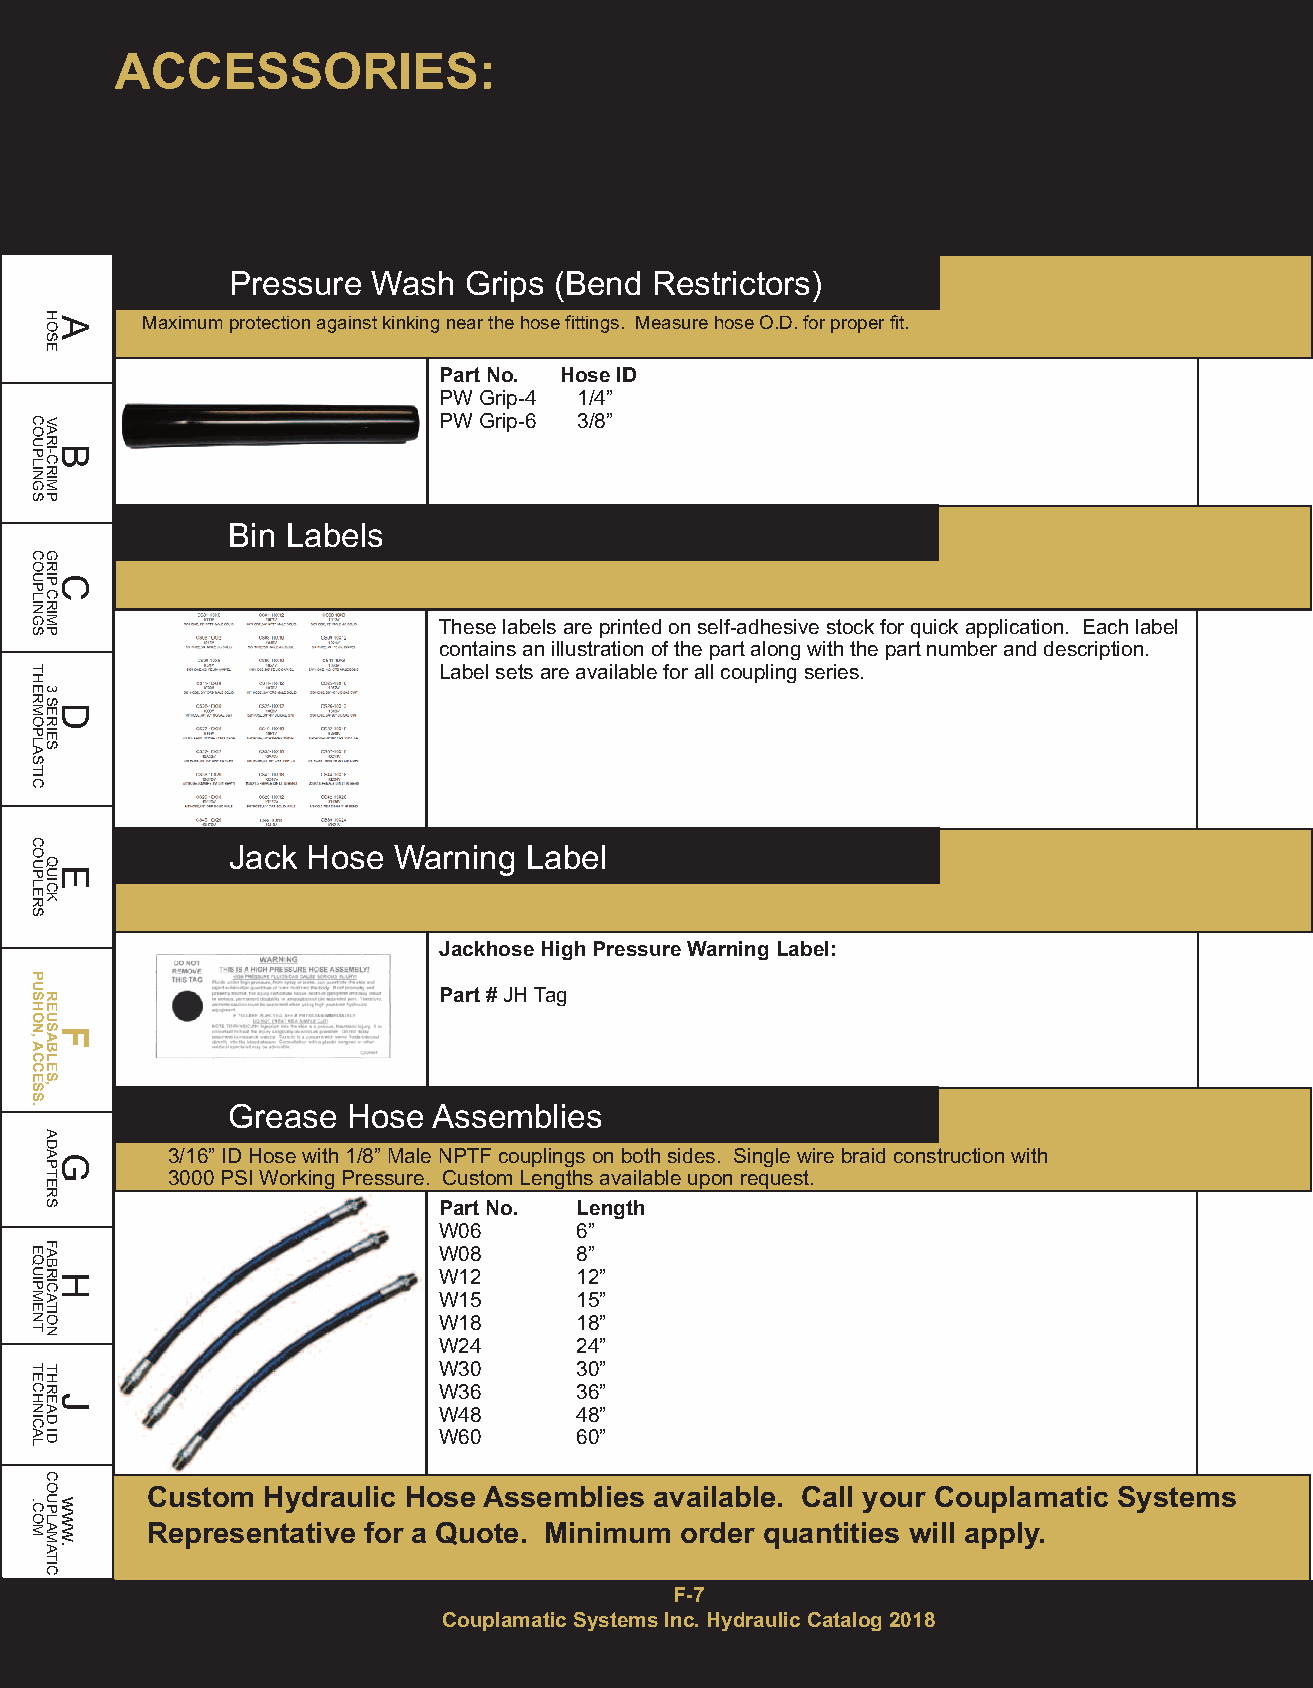
ACCESSORIES:
 Pressure  Wash  Grips (Bend Restrictors)
 Maximum protection against kinking near the hose fittings. Measure hose O.D. for proper fit.
 Part No. Hose ID
 PW Grip-4 1/4”
 PW Grip-6 3/8”
 Bin Labels
 These labels are printed on self-adhesive stock for quick application. Each label
 contains an illustration of the part along with the part number and description.
 Label sets are available for all coupling series.
 Jack Hose  Warning  Label
 Jackhose High Pressure Warning Label:
 Part #JH Tag
 Grease  Hose  Assemblies
 3/16” ID Hose with 1/8” Male NPTF couplings on both sides. Single wire braid construction with
 3000 PSI Working Pressure. Custom Lengths available upon request.
 Part No. Length
 W06      6”
 W08      8”
 W12      12”
 W15      15”
 W18      18”
 W24      24”
 W30      30”
 W36      36”
 W48      48”
 W60      60”
 Custom Hydraulic Hose Assemblies available. Call your Couplamatic Systems
 Representative for a Quote. Minimum order quantities will apply.
 F-7
 Couplamatic Systems Inc. Hydraulic Catalog 2018
 COUPLINGS
 COUPLINGS
 THERMOPLASTIC
 COUPLERS
 PUSHON,ACCESS.
 EQUIPMENT
 TECHNICAL
 .COM
 HAOSE
 VARBI-CRIMP
 GRICP
 CRIMP
 3
 SDERIES
 QEUICK
 REUSFABLES,
 ADAGPTERS
 FABRHICATION
 THRJEAD
 ID
 COUPLAMATIC
 www.